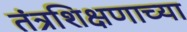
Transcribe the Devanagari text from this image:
तंत्रशिक्षणाच्या